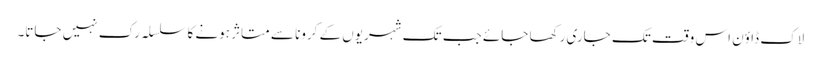
لاک ڈاؤن اس وقت تک جاری رکھا جائے جب تک شہریوں کے کرونا سے متاثر ہونے کا سلسلہ رک نہیں جاتا۔